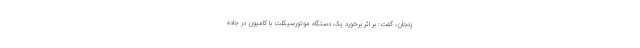
زنجان، گفت: بر اثر برخورد یک دستگاه موتورسیکلت با کامیون در جاده